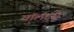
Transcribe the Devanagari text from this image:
वाॅलंटरी